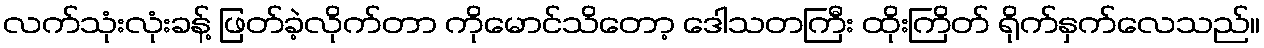
လက်သုံးလုံးခန့် ဖြတ်ခဲ့လိုက်တာ ကိုမောင်သိတော့ ဒေါသတကြီး ထိုးကြိတ် ရိုက်နှက်လေသည်။